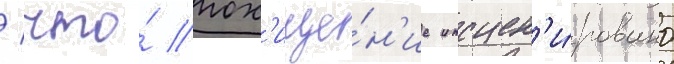
/ что́ пох'ище́н'ие инсцен'и́ровано